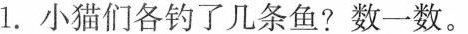
1.小猫们各钓了几条鱼?数一数。